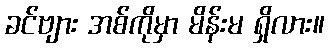
ခင်ဗျား အစ်ကိုမှာ မိန်းမ ရှိလား။